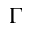
\Gamma